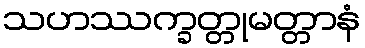
သဟဿက္ခတ္တုမတ္တာနံ